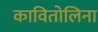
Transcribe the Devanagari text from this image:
कावितोलिना